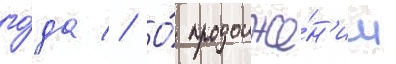
го́да // О́ продолже́н'ии